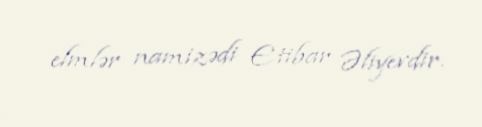
elmlər namizədi Etibar Əliyevdir.